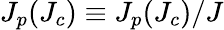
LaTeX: J_{p}(J_{c})\equiv J_{p}(J_{c})/J